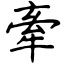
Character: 牽